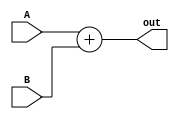
`timescale 1ns / 1ps

module Adder(A,B,out);
    input [31:0] A,B;
    output reg [31:0] out;
    
    always @(*) begin
        out <= A + B;
    end
endmodule